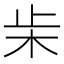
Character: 𣏔